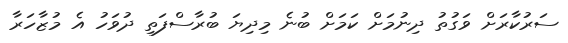
ސަރުކާރަށް ވަގުތު ދިނުމަށް ކަމަށް ބުނެ މިދިޔަ ބުރާސްފަތި ދުވަހު އެ މުޒާހަރާ